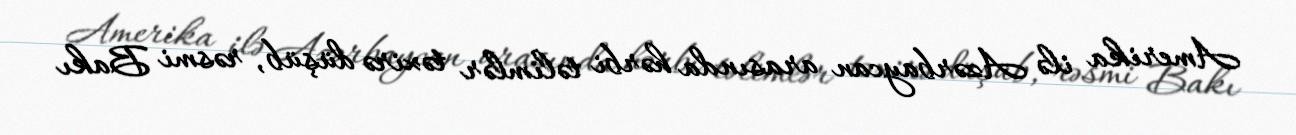
Amerika ilə Azərbaycan arasında hərbi təlimlər təxirə düşüb, rəsmi Bakı